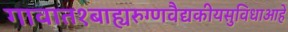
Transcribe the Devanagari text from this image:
गावात१बाह्यरुग्णवैद्यकीयसुविधाआहे